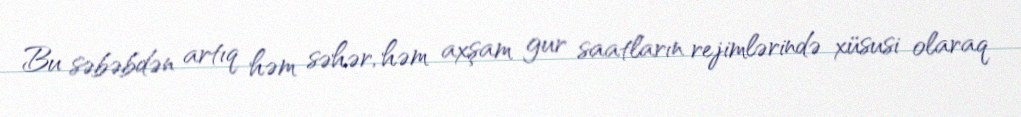
Bu səbəbdən artıq həm səhər, həm axşam gur saatların rejimlərində xüsusi olaraq